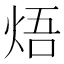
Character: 焐